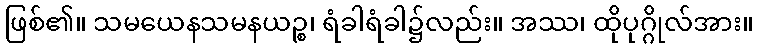
ဖြစ်၏။ သမယေနသမနယဉ္စ၊ ရံခါရံခါ၌လည်း။ အဿ၊ ထိုပုဂ္ဂိုလ်အား။